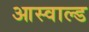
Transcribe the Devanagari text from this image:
आस्वाल्ड